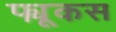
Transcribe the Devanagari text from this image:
फ्यूकस